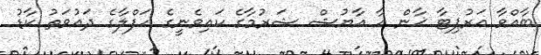
ބާއްވާ އަރުޕިޓާ ޚާން އާ އާޔުޝް ޝަރުމާގެ ކައިވެނީގެ ހަފްލާގެ ދައުވަތު ކާޑު